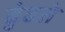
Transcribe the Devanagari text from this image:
ढुंढते